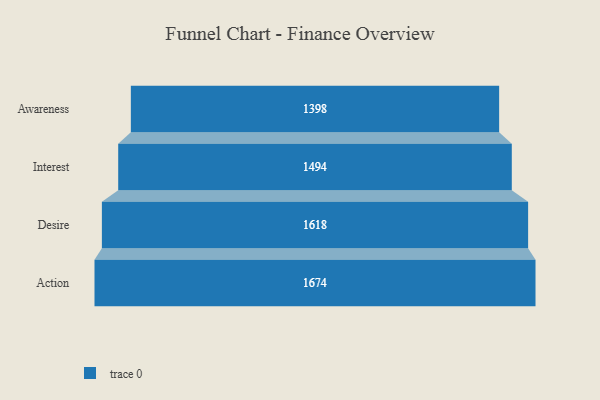
{"axis": {"x": "Stage", "y": "Value"}, "legend": [""], "data": [{"x": "Awareness", "y": 1398.0, "type": ""}, {"x": "Interest", "y": 1494.0, "type": ""}, {"x": "Desire", "y": 1618.0, "type": ""}, {"x": "Action", "y": 1674.0, "type": ""}]}